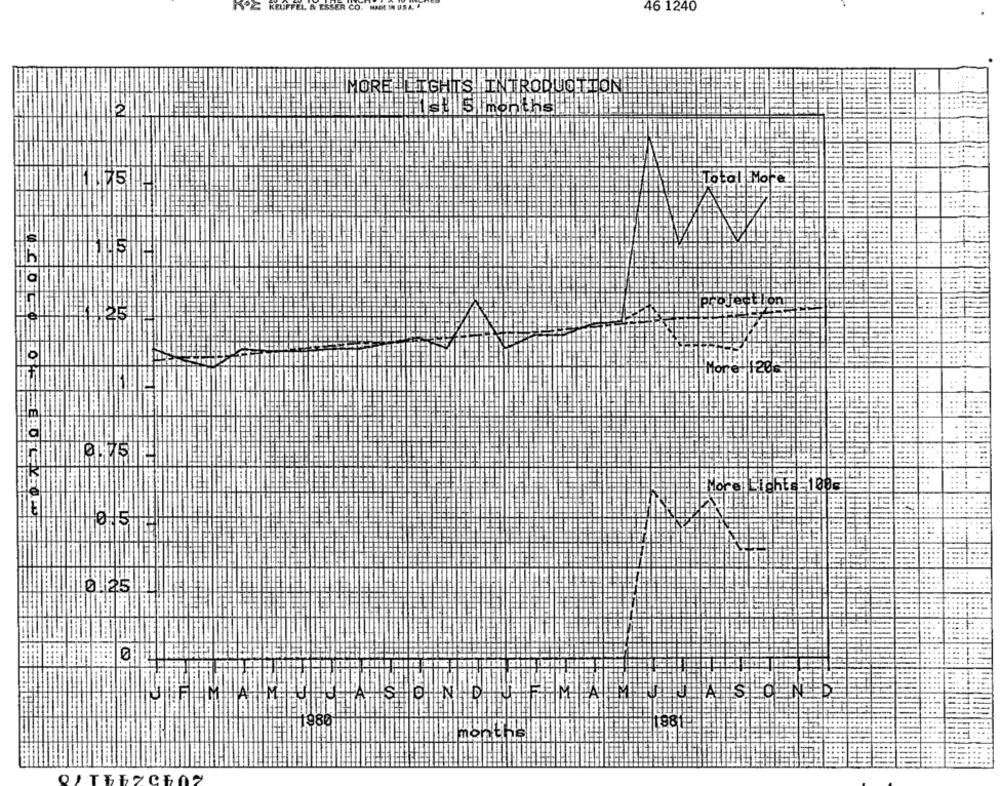
KEUFFEL & ESSER CO.
46 1240
IMORE ILICHTS INTROQUOTTON
1: 5 months
Total Mo
....
0 5
188
months